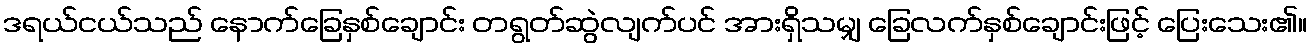
ဒရယ်ငယ်သည် နောက်ခြေနှစ်ချောင်း တရွတ်ဆွဲလျက်ပင် အားရှိသမျှ ခြေလက်နှစ်ချောင်းဖြင့် ပြေးသေး၏။